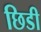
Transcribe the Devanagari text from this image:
छिडी